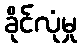
ခိုင်လုံမှု